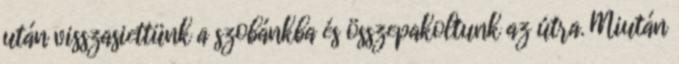
után visszasiettünk a szobánkba és összepakoltunk az útra. Miután